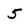
Character: 5